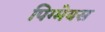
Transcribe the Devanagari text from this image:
पिग्मेयस